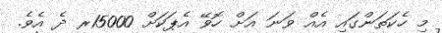
މި ހެކަތަންގައި އެއް ވަނަަ އަށް ހޮވޭ އެޕަކަށް 15000ރ ދެ އެވެ.